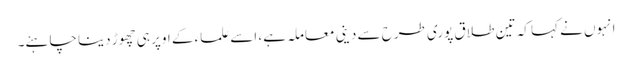
انہوں نے کہا کہ تین طلاق پوری طرح سے دینی معاملہ ہے، اسے علماء کے اوپر ہی چھوڑ دینا چاہئے۔